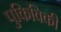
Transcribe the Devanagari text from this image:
पुकिविकी